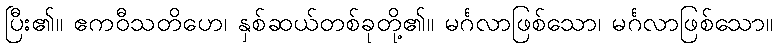
ပြီး၏။ ဧကဝီသတိဟေ၊ နှစ်ဆယ်တစ်ခုတို့၏။ မင်္ဂလာဖြစ်သော၊ မင်္ဂလာဖြစ်သော။